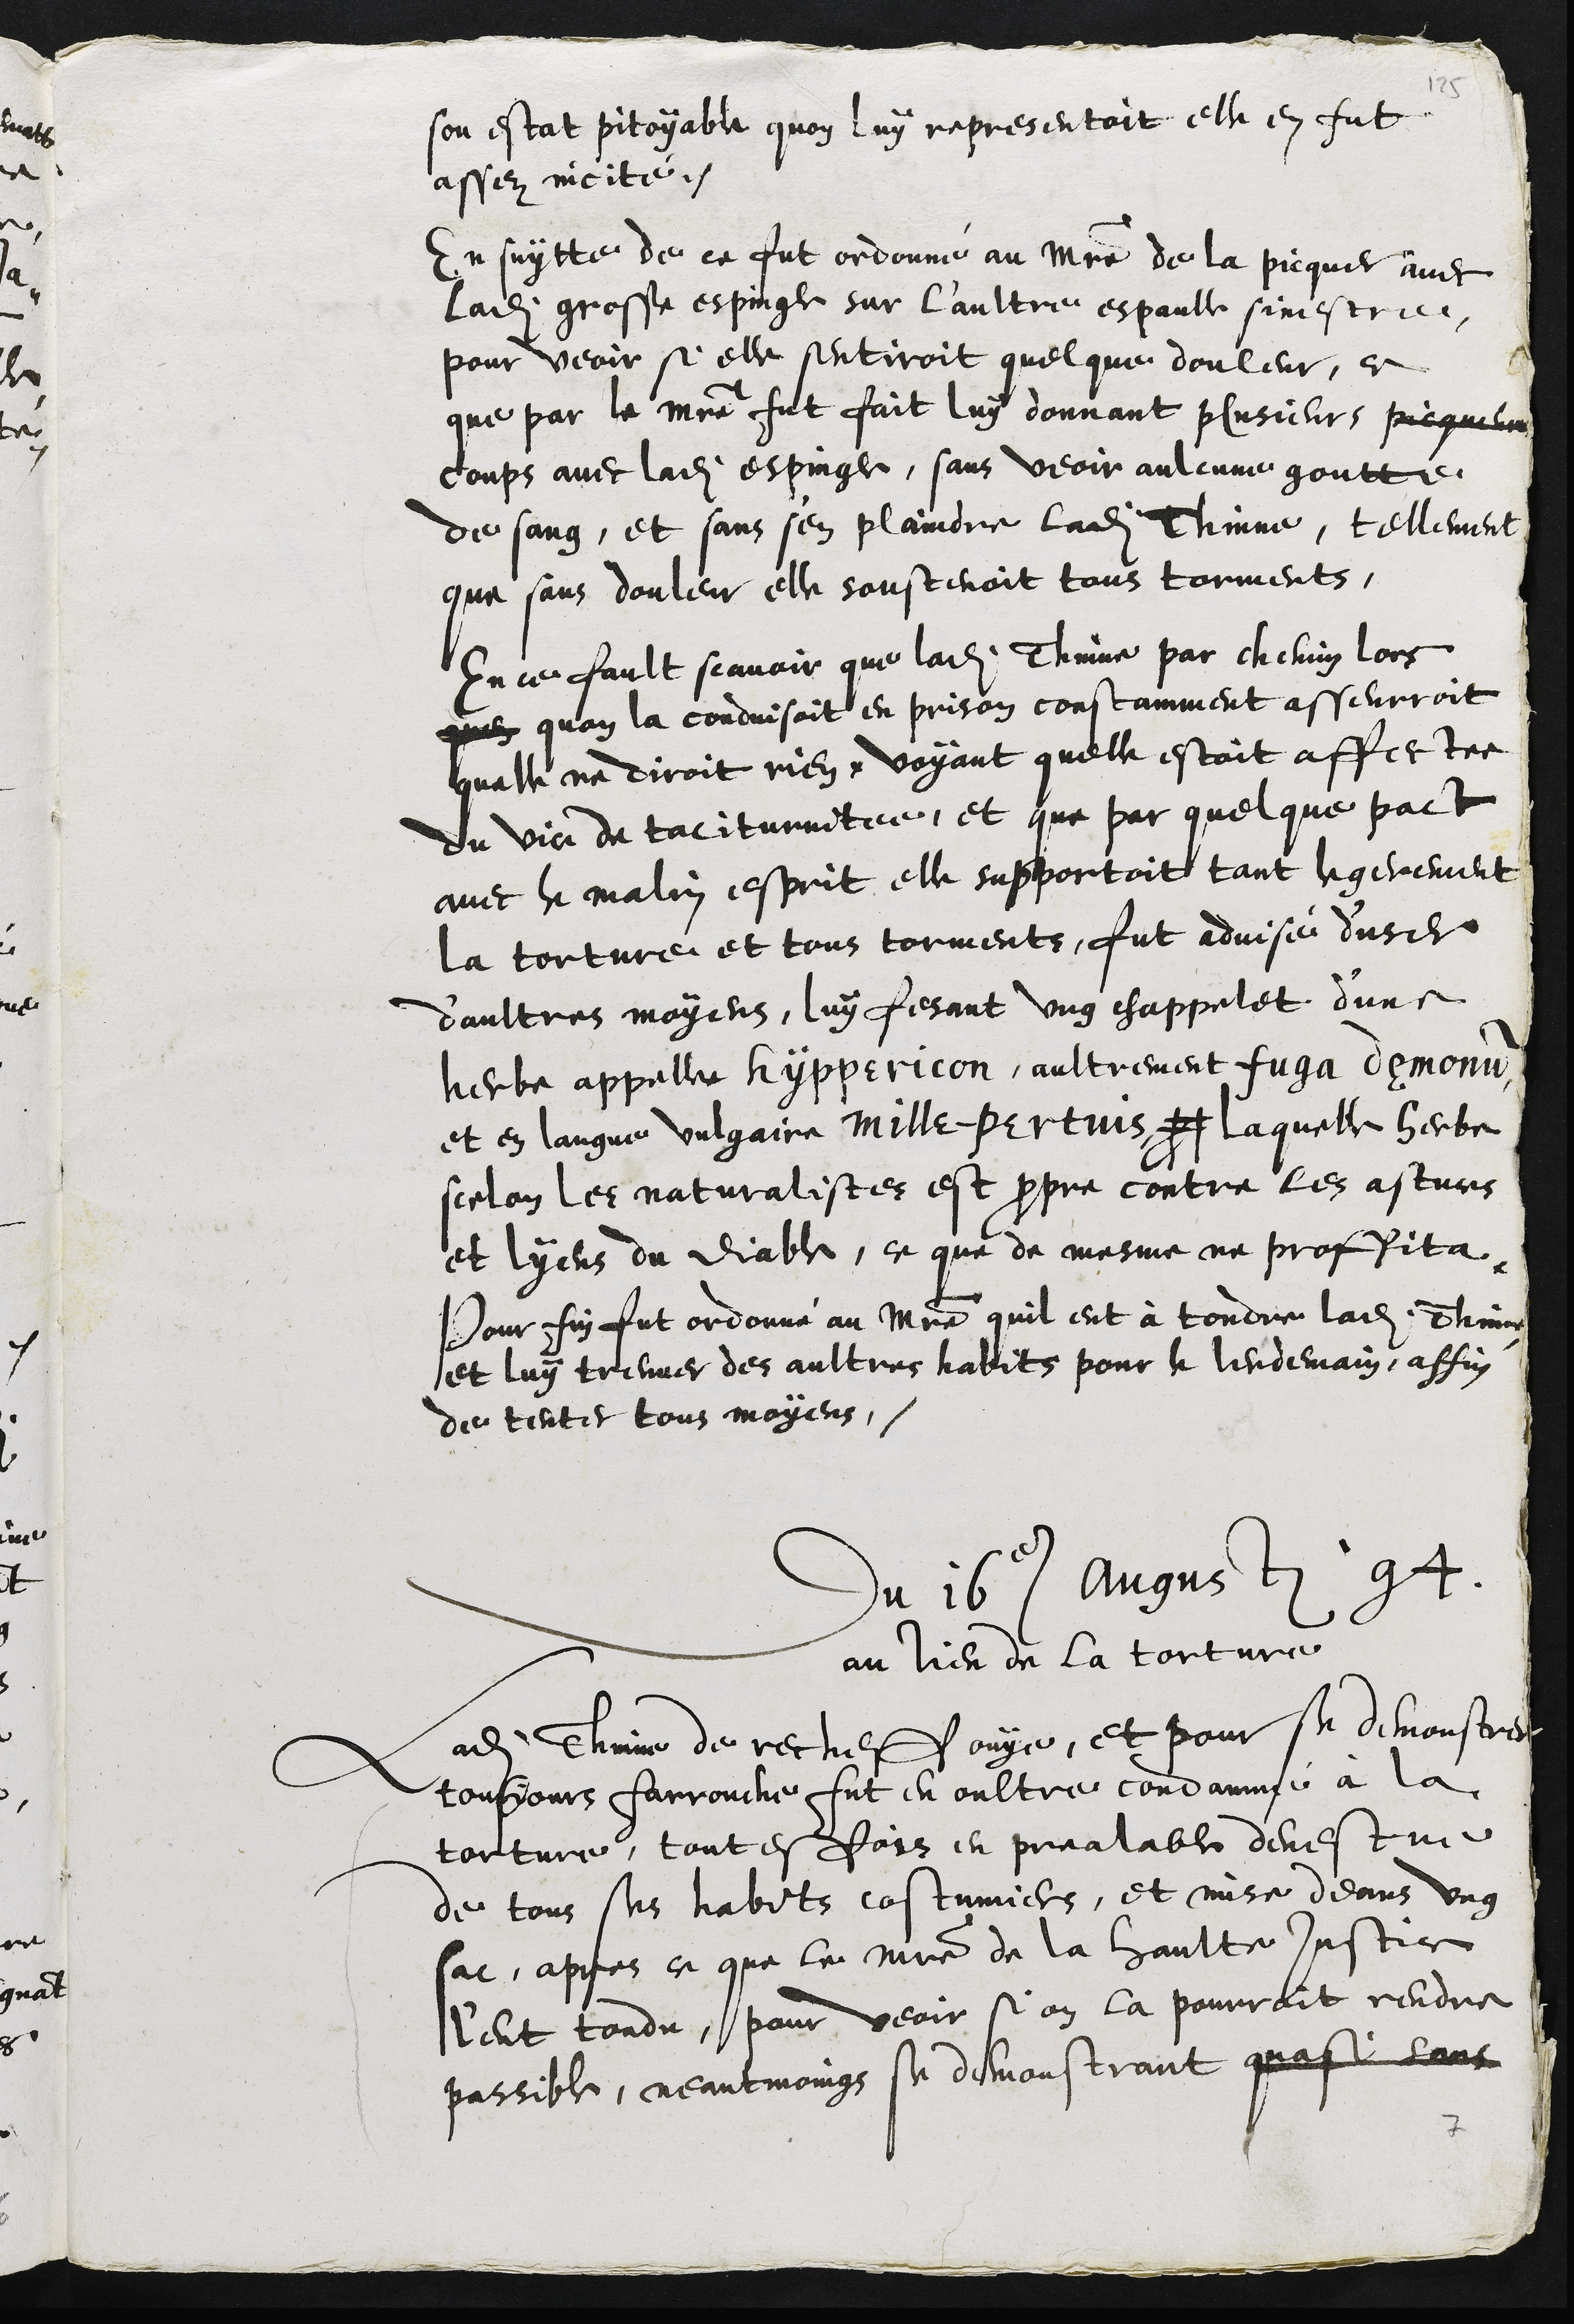
son estat pitoyable quon luy representoit elle en fut
assez incité.
En suytte de ce fut ordonné au maistre de la picquer avec
ladite grosse espingle sur l'aultre espaulle sinestre
pour veoir si elle sentiroit quelque douleur, ce
que par le maitre fut fait luy donnant plusieurs picqueure
coups avec ladite espingle, sans veoir aulcune goutte
de sang, et sans s'en plaindre ladite Thinne, tellement
que sans douleur elle soustenoit tous torments,
En ce fault scavoir que ladite Thinne par chemin lors
quen quon la conduisoit en prison constamment asseurroit
quelle ne diroit rien, voyant quelle estoit affectee
du vice de taciturnitée, et que par quelque pact
avec le malin esprit elle supportoit tant legerement
la torture et tous torments, fut advisé d'user
d'aultres moyens, luy fesant ung chappelet d'une
herbe appelle hyppericon, aultrement fuga demonum
et en langue vulgaire mille-pertuis, pro laquelle herbe
selon les naturalistes est propre contre les astuces
et lyens du diable, ce que de mesme ne proffita.
Pour fin fut ordonné au maistre quil eut à tondre ladite Thinne
et luy treuver des aultres habits pour le lendemain, affin
de tenter tous moyens,
Du 16e Augusti 94
au lieu de la torture
Ladite Thinne de recheff ouye, et pour se demonstrer
tousjours farrouche fut en oultre condamné à la
torture, touttesfois en prealable devestue
de tous ses habits costumiers, et mise deans ung
sac, apres ce que le maistre de la haulte justice,
l'eut tondu, pour veoir si on la pourroit rendre
passible, neantmoings se demonstrant quasi sans
7